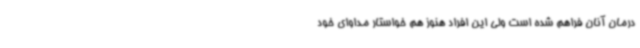
درمان آنان فراهم شده است ولی این افراد هنوز هم خواستار مداوای خود